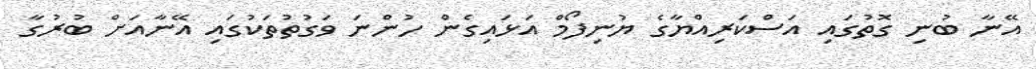
އޭނާ ބުނި ގޮތުގައި އަސްކަރިއްޔާގެ ޔުނިފޯމް އަޅަައިގެން ހުންނަ ވަގުތުތަކުގައި އޭނާއަށް ބުރުގާ